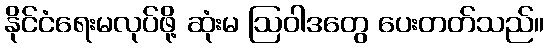
နိုင်ငံရေးမလုပ်ဖို့ ဆုံးမ ဩဝါဒတွေ ပေးတတ်သည်။